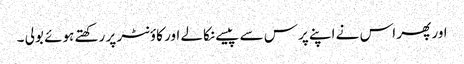
اور پھر اس نے اپنے پرس سے پیسے نکالے اور کاؤنٹر پر رکھتے ہوئے بولی ۔